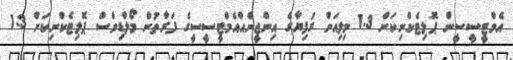
އެމްޓީސީސީން ޕޮލިޓެކްނިކަށް 1.3 މިލިއަން ރުފިޔާގެ އިންޖީނެއްއެމްޓީސީސީގެ ފަރާތުން މޯލްޑިވްސް ޕޮލިޓެކްނިކަށް 1.3